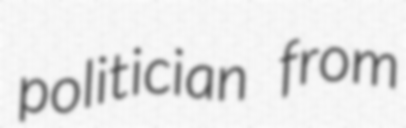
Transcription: politician from